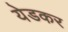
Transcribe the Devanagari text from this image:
येडकर